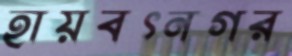
হায়বৎনগর